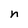
Character: n